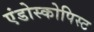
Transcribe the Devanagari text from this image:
एंडोस्कोपिस्ट